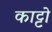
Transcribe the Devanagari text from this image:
काट्टो